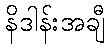
နိဒါန်းအချီ